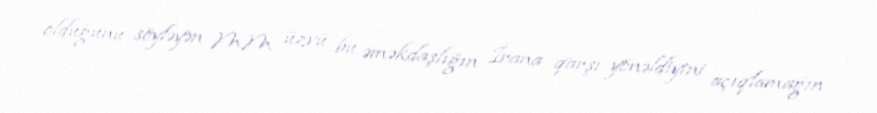
olduğunu söyləyən MM üzvü bu əməkdaşlığın İrana qarşı yönəldiyini açıqlamağın